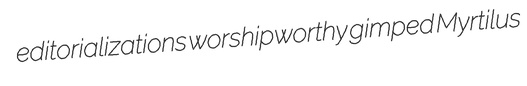
editorializations worshipworthy gimped Myrtilus